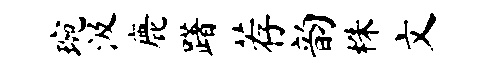
琬汲鹿躇荐韵株文